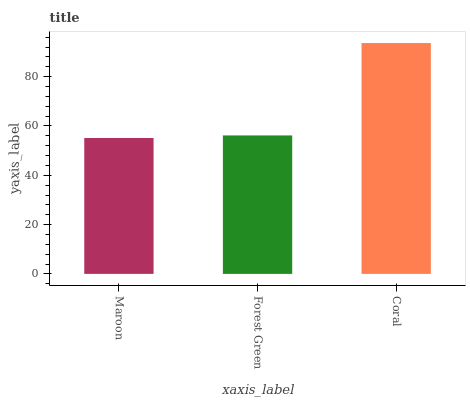
| xaxis_label | bars |
 | --- | --- |
 | Maroon | 55.1 |
 | Forest Green | 56.2 |
 | Coral | 93.6 |